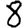
Digit: 8